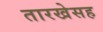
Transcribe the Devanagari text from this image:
तारखेसह